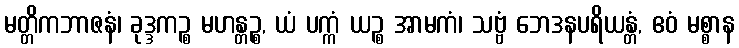
မတ္တိကဘာဇနံ၊ ခုဒ္ဒကဉ္စ မဟန္တဉ္စ, ယံ ပက္ကံ ယဉ္စ အာမကံ၊ သဗ္ဗံ ဘေဒနပရိယန္တံ, ဧဝံ မစ္စာန